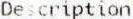
DESCRIPTION